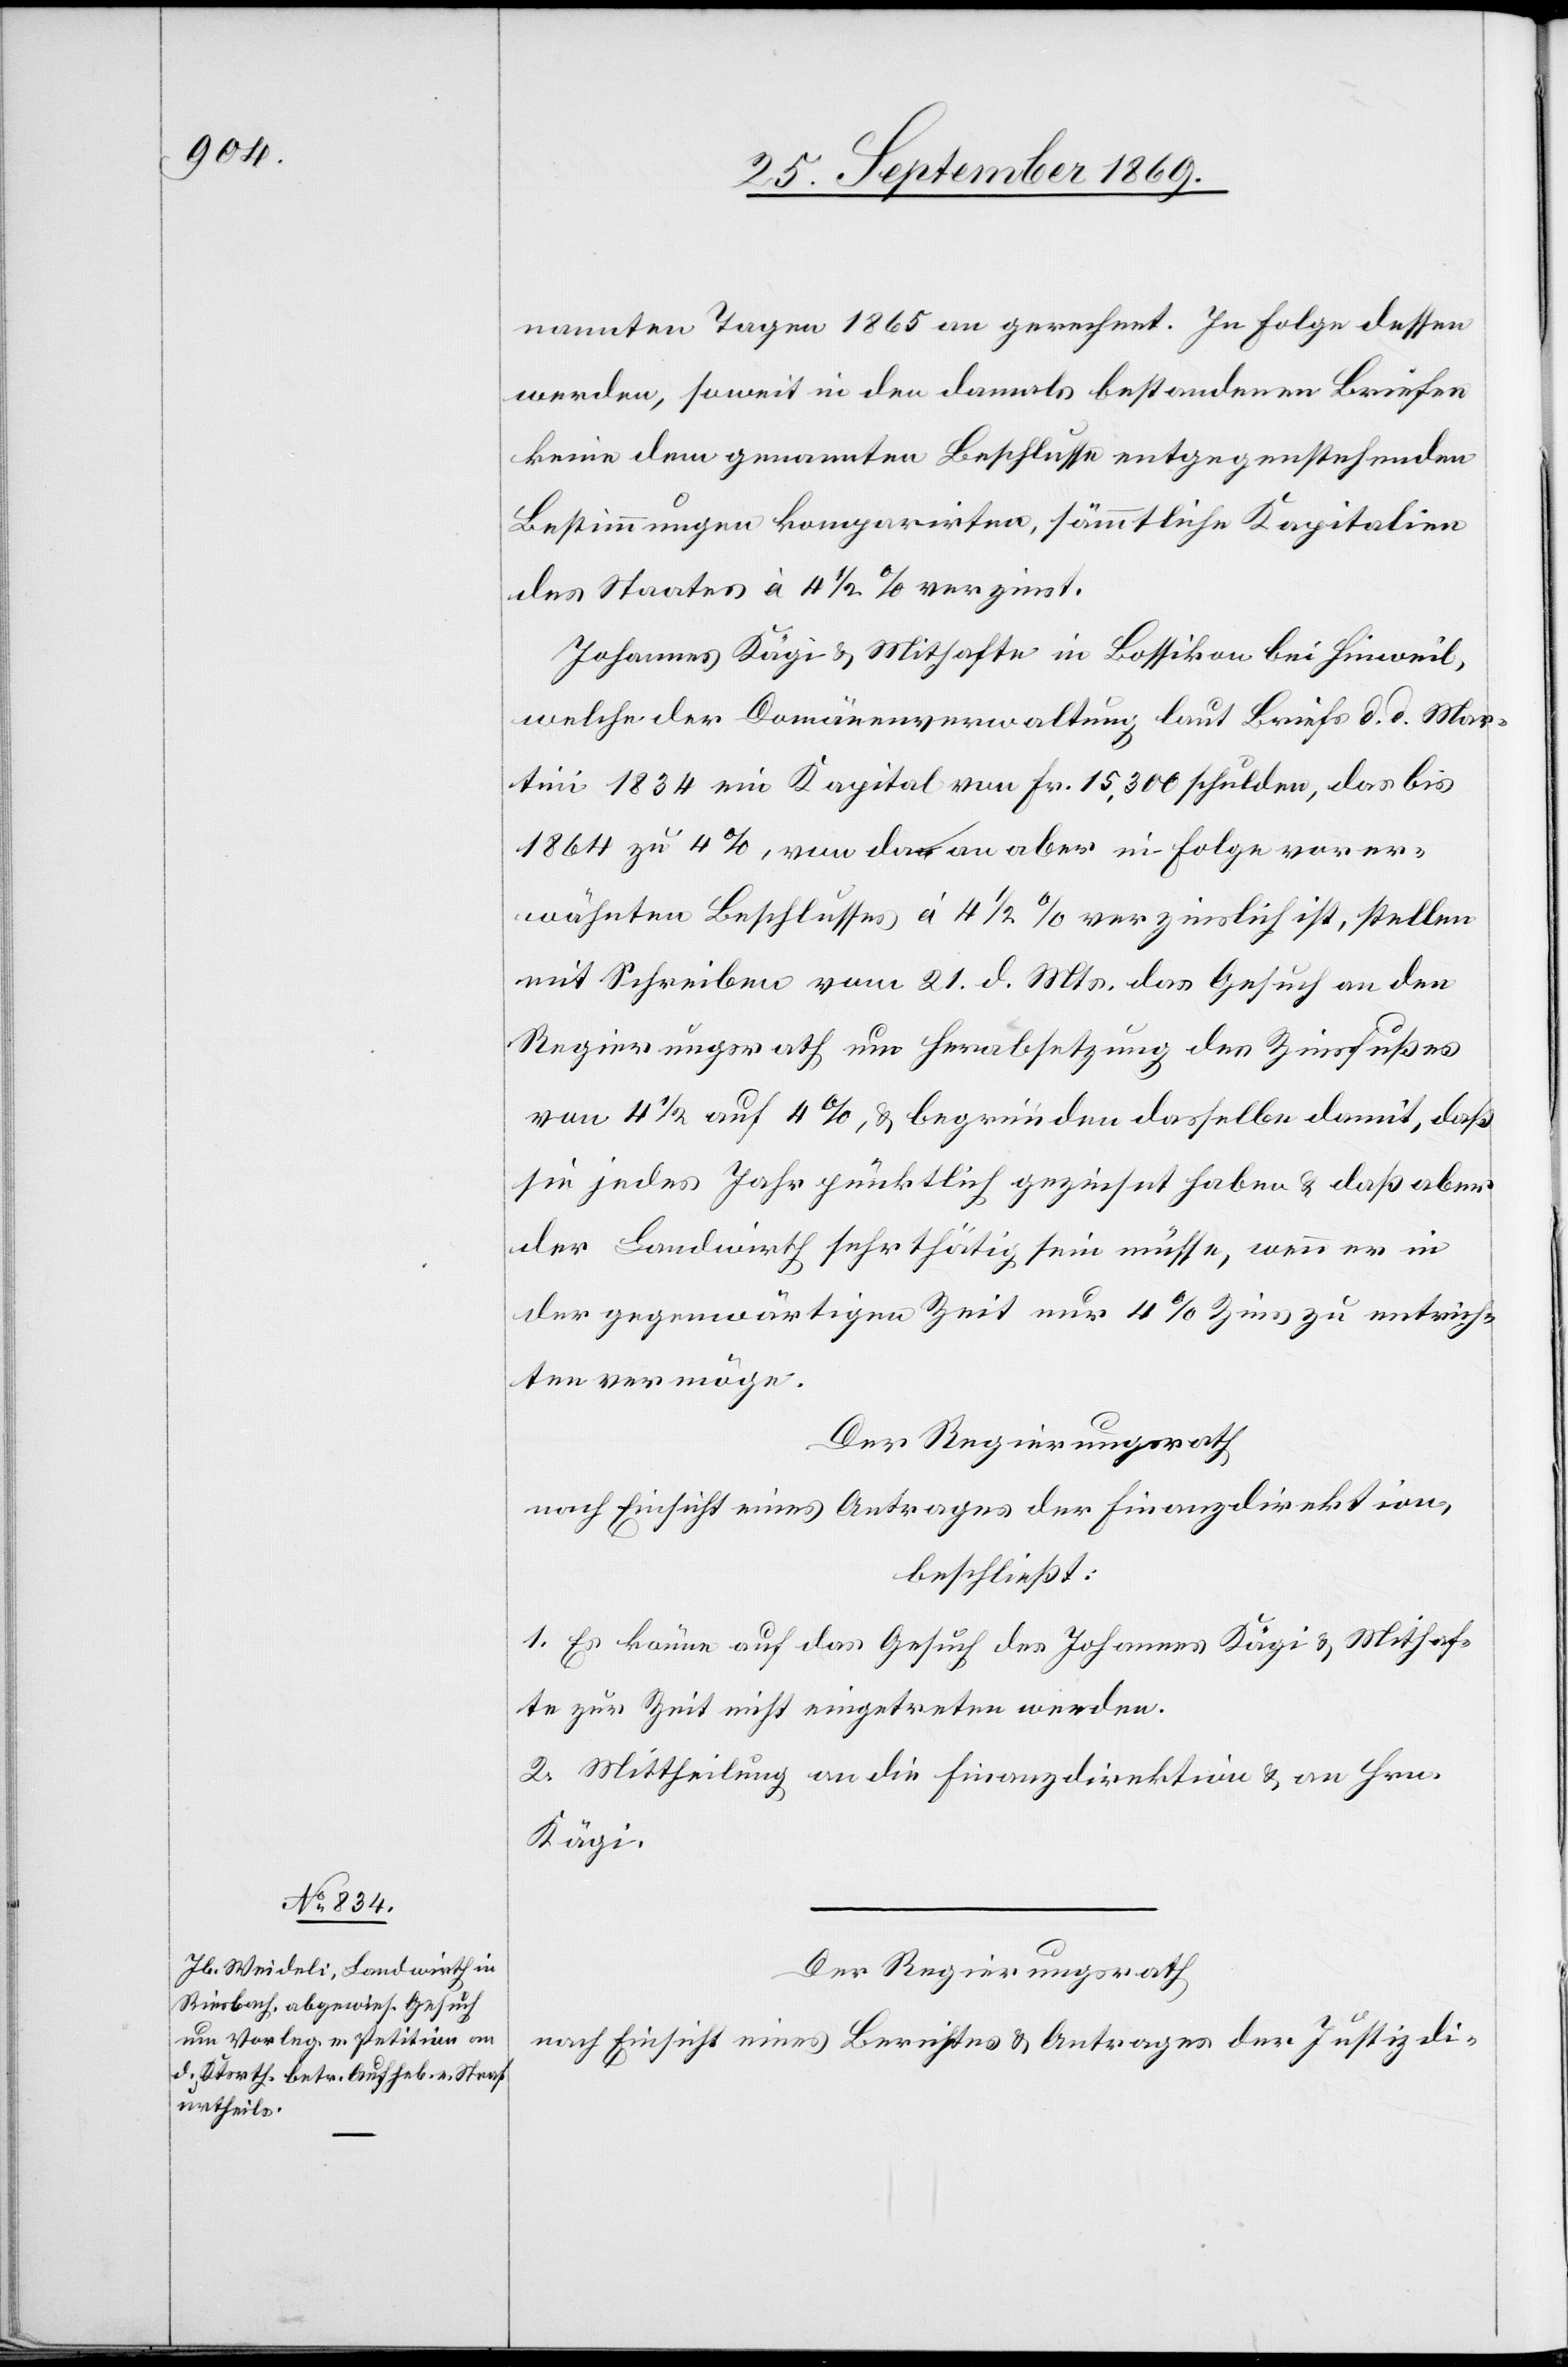
nannten Tagen 1865 an gerechnet. In Folge dessen
werden, soweit in den damals bestandenen Briefen
keine dem genannten Beschlusse entgegenstehenden
Bestimmungen komparirten, sämmtliche Kapitalien
des Staates à 4 1/2% verzinst.
Johannes Kägi & Mithafte in Bossikon bei Hinweil,
welche der Domänenverwaltung laut Briefs d. d. Mar¬
tini 1834 ein Kapital von Fr. 15,300 schulden, das bis
1864 zu 4%, von da an aber in Folge vorer¬
wähnten Beschlusses à 4 1/2% verzinslich ist, stellen
mit Schreiben vom 21. d. Mts. das Gesuch an den
Regierungsrath um Herabsetzung des Zinsfußes
von 4 1/2 auf 4%, & begründen dasselbe damit, daß
sie jedes Jahr pünktlich gezinset haben & daß aber
der Landwirth sehr thätig sein müsse, wenn er in
der gegenwärtigen Zeit nur 4% Zins zu entrich¬
ten vermöge.
Der Regierungsrath
nach Einsicht eines Antrages der Finanzdirektion,
beschließt:
1. Es könne auf das Gesuch des Johannes Kägi & Mithaf¬
te zur Zeit nicht eingetreten werden.
2. Mittheilung an die Finanzdirektion & an Hrn.
Kägi.
Der Regierungsrath
nach Einsicht eines Berichtes & Antrages der Justizdi-